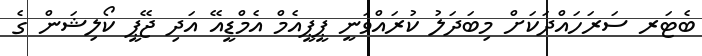
ބެޓަރ ސަރަހައްދަކަށް މިބަދަލު ކުރައްވަނީ ޕީޕީއެމް އެމްޑީއޭ އަދި ޖޭޕީ ކޯލިޝަން ގެ